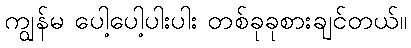
ကျွန်မ ပေါ့ပေါ့ပါးပါး တစ်ခုခုစားချင်တယ်။